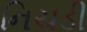
નિચડી